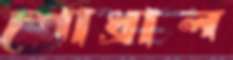
শোধ্‌রাল